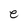
Character: e